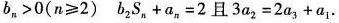
b_{n}>0(n≥2)$$b_{2}s_{n}+a_{n}=2$$且$$3a_{2}=2a_{3}+a_{1}$$